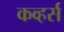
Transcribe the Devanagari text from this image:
कव्हर्स